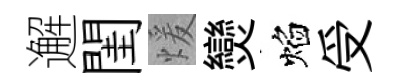
邂閨煖𤓖焰受